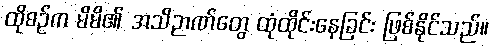
ထိုစဉ်က မိမိ၏ အသိဉာဏ်တွေ ထုံထိုင်းနေခြင်း ဖြစ်နိုင်သည်။